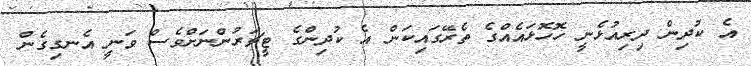
އެ ކުދިން ދިރިއުޅެނީ ހޮހޮޅައެއްގެ ތެރޭގައިކަން އެ ކުދިންގެ ޓީޗަރުންނަށްވެސް ވަނީ އެނގިގެން